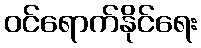
ဝင်ရောက်နိုင်ရေး